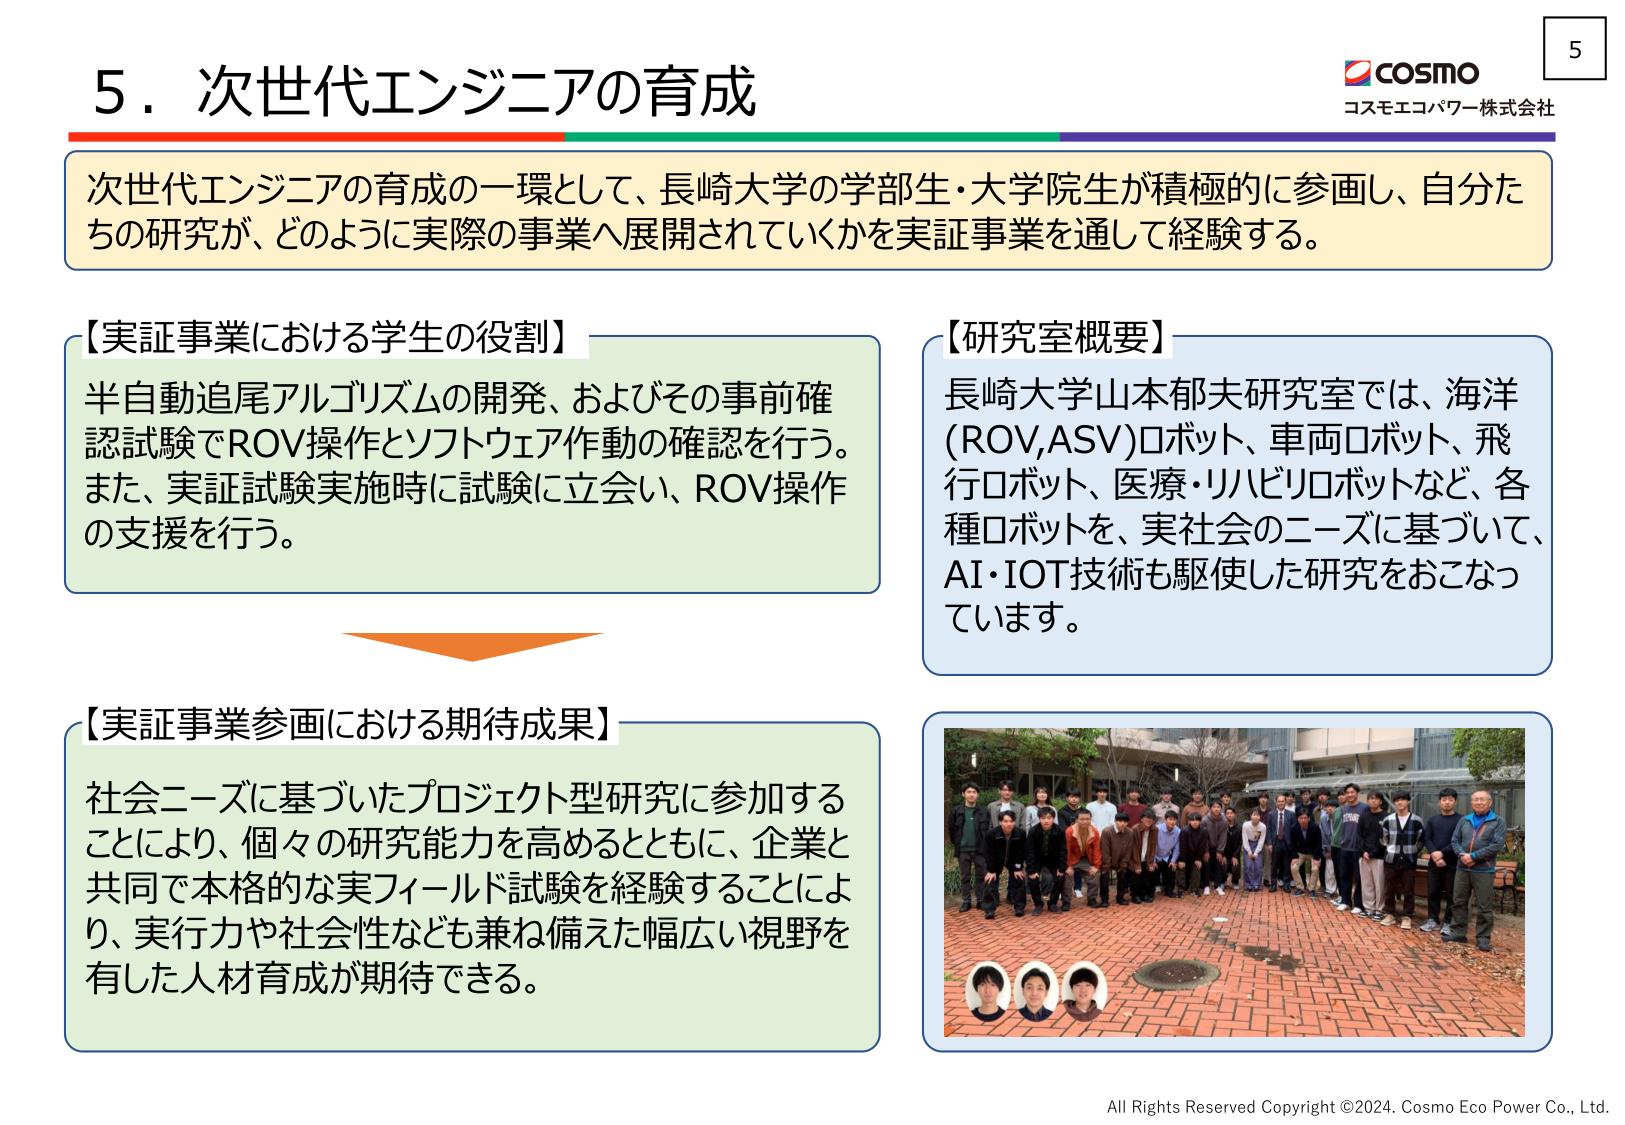
5．次世代エンジニアの育成

次世代エンジニアの育成の一環として、長崎大学の学部生・大学院生が積極的に参画し、自分たちの研究が、どのように実際の事業へ展開されていくかを実証事業を通じて経験する。

【実証事業における学生の役割】
半自動追尾アルゴリズムの開発、およびその事前確認試験でROV操作とソフトウェア作動の確認を行う。また、実証試験実施時に試験に立会い、ROV操作の支援を行う。

【研究室概要】
長崎大学山本郁夫研究室では、海洋（ROV,ASV）ロボット、車両ロボット、飛行ロボット、医療・リハビリロボットなど、各種ロボットを、実社会のニーズに基づいて、AI・IOT技術も駆使した研究をおこなっています。

【実証事業参画における期待成果】
社会ニーズに基づいたプロジェクト型研究に参加することにより、個々の研究能力を高めるとともに、企業と共同で本格的な実フィールド試験を経験することにより、実行力や社会性なども兼ね備えた幅広い視野を有した人材育成が期待できる。

COSMO
コスモエコパワー株式会社

All Rights Reserved Copyright ©2024. Cosmo Eco Power Co., Ltd.